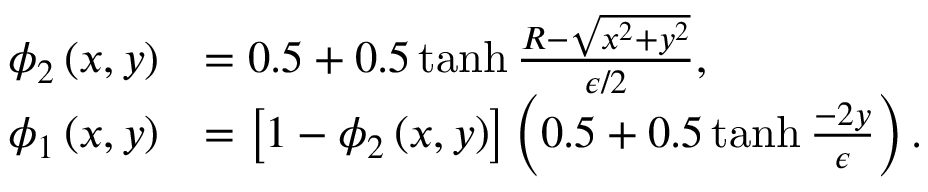
\begin{array} { r l } { \phi _ { 2 } \left( x , y \right) } & { = 0 . 5 + 0 . 5 \operatorname { t a n h } \frac { R - \sqrt { x ^ { 2 } + y ^ { 2 } } } { \epsilon / 2 } , } \\ { \phi _ { 1 } \left( x , y \right) } & { = \left[ 1 - \phi _ { 2 } \left( x , y \right) \right] \left( 0 . 5 + 0 . 5 \operatorname { t a n h } \frac { - 2 y } { \epsilon } \right) . } \end{array}